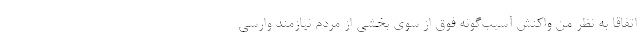
اتفاقا به نظر من واکنش آسیب‌گونه فوق از سوی بخشی از مردم نیازمند وارسی